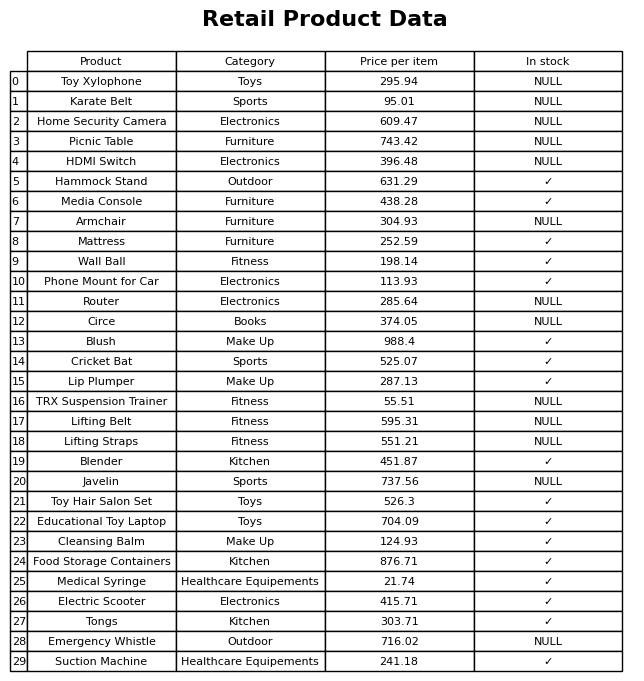
question: What is the price for Electric Scooter?
answer: The price of Electric Scooter is 415.71.